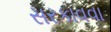
સરકાવવા